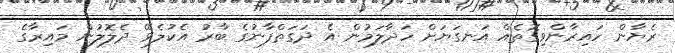
ރެޔާން ހައިރާންވިގޮތެއް އަނގަޔަށް ހަދާލަމުން އެ ދަގަތްފާނުގެ ބާރު އެކުލެވޭ ދެލޮލުން މައިރާގެ